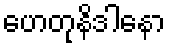
ဟေတုနိဒါနော